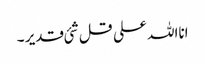
انااللہ علی قل شئی قدیر ۔